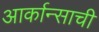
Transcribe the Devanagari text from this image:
आर्कान्साची